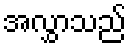
အလွှာသည်